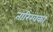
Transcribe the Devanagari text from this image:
तारिखका